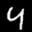
Label: 4